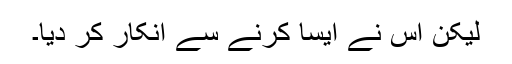
ليکن اُس نے ايسا کرنے سے انکار کر ديا۔